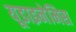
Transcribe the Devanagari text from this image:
यूडाइनेमिस